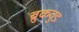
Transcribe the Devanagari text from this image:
ब्रुकवुड